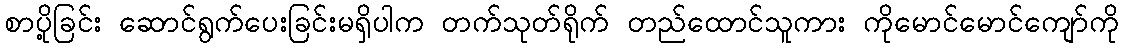
စာပို့ခြင်း ဆောင်ရွက်ပေးခြင်းမရှိပါက တက်သုတ်ရိုက် တည်ထောင်သူကား ကိုမောင်မောင်ကျော်ကို